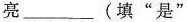
亮___(填”是”